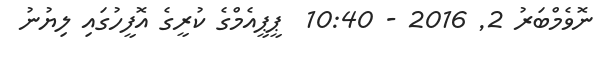
ނޮވެމްބަރު 2